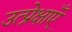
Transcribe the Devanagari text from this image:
उत्प्रेक्षाएँ